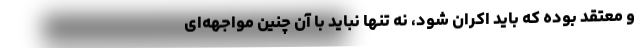
و معتقد بوده که باید اکران شود، نه تنها نباید با آن چنین مواجهه‌ای